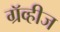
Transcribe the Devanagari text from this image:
ग्रॅव्हीज